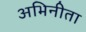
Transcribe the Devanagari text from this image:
अभिनीता